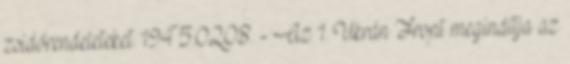
zsidórendeleteket. 1945.02.08. - Az 1. Ukrán Front megindítja az